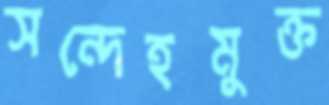
সন্দেহমুক্ত